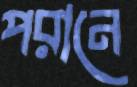
পরানে